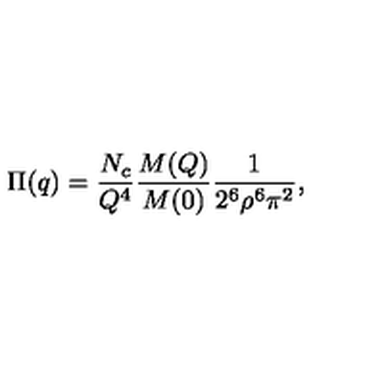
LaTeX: \Pi ( q ) = \frac { N _ { c } } { Q ^ { 4 } } \frac { M ( Q ) } { M ( 0 ) } \frac { 1 } { 2 ^ { 6 } \rho ^ { 6 } \pi ^ { 2 } } ,